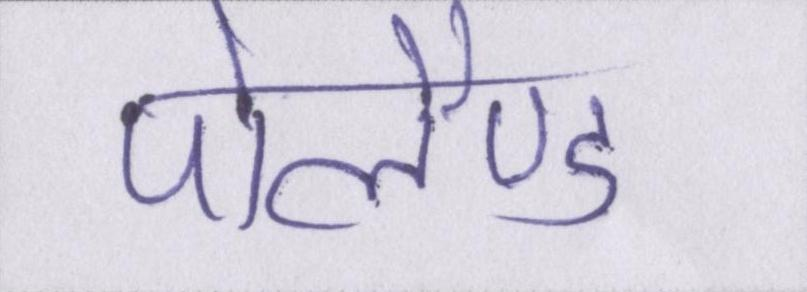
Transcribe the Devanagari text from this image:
पोलैण्ड